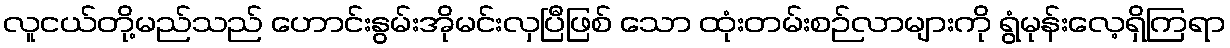
လူငယ်တို့မည်သည် ဟောင်းနွမ်းအိုမင်းလှပြီဖြစ် သော ထုံးတမ်းစဉ်လာများကို ရွံမုန်းလေ့ရှိကြရာ